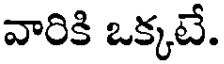
వారికి ఒక్కటే.